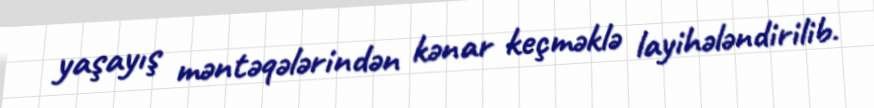
yaşayış məntəqələrindən kənar keçməklə layihələndirilib.